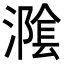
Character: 𭲪